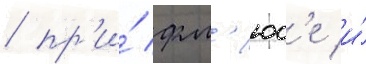
/ пр'и́ фл'юс'е и́